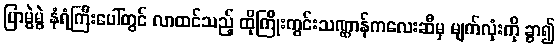
ပြာမွဲမွဲ နံရံကြီးပေါ်တွင် လာထင်သည့် ထိုကြိုးကွင်းသဏ္ဌာန်ကလေးဆီမှ မျက်လုံးကို ခွာ၍